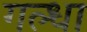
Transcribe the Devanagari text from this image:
गल्धा